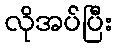
လိုအပ်ပြီး